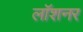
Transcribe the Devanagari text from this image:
लॉशनर